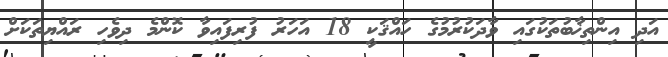
އަދި އިންތިޚާބުތަކުގައި ވާދަކުރުމުގެ ހައްޤަކީ 18 އަހަރު ފުރިފައިވާ ކޮންމެ ދިވެހި ރައްޔިތަކަށް